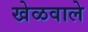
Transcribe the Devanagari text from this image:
खेळवाले